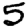
Digit: 5